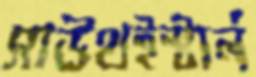
সাউথইস্টার্ন